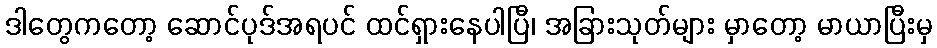
ဒါတွေကတော့ ဆောင်ပုဒ်အရပင် ထင်ရှားနေပါပြီ၊ အခြားသုတ်များ မှာတော့ မာယာပြီးမှ